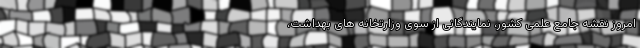
امروز نقشه جامع علمی کشور، نمایندگانی از سوی وزارتخانه های بهداشت،